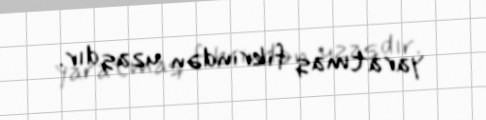
yaratmaq fikrindən uzaqdır.